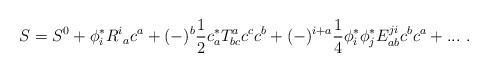
LaTeX: \begin{align*}S=S^0+\phi^*_iR^i{}_ac^a+(-)^b\frac{1}{2}c^*_aT^a_{bc}c^cc^b+(-)^{i+a}\frac{1}{4}\phi^*_i\phi ^*_jE^{ji}_{ab}c^bc^a+...\ .\end{align*}